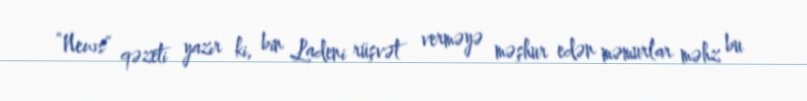
“News“ qəzeti yazır ki, bin Ladeni rüşvət verməyə məşhur edən məmurlar məhz bu